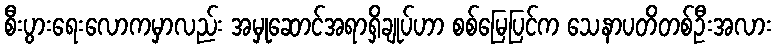
စီးပွားရေးလောကမှာလည်း အမှုဆောင်အရာရှိချုပ်ဟာ စစ်မြေပြင်က သေနာပတိတစ်ဦးအလား